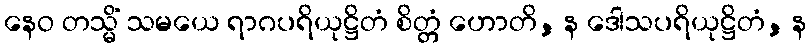
နေဝ တသ္မိံ သမယေ ရာဂပရိယုဋ္ဌိတံ စိတ္တံ ဟောတိ, န ဒေါသပရိယုဋ္ဌိတံ, န